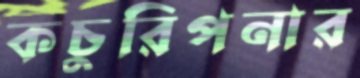
কচুরিপনার